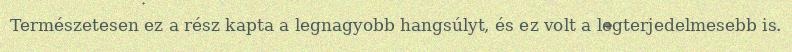
Természetesen ez a rész kapta a legnagyobb hangsúlyt, és ez volt a legterjedelmesebb is.